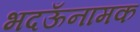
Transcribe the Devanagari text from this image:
भदऊँनामक